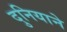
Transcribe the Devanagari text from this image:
दुनियाने